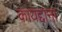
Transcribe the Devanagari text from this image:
कायद्दांना